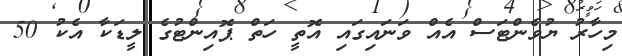
މިހާރު ޔުވެންޓަސް އެއް ވަނައިގައި އޮތީ ހަތް ޕޮއިންޓުގެ ލީޑަކާ އެކު 50